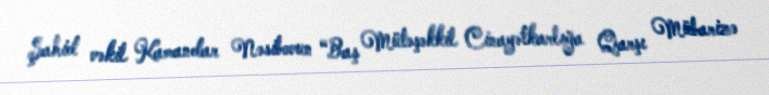
Şahid vəkil Kamandar Nəsibovun “Baş Mütəşəkkil Cinayətkarlığa Qarşı Mübarizə